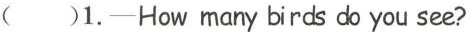
( )1.-How many birds do you see?